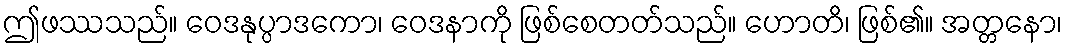
ဤဖဿသည်။ ဝေဒနုပ္ပာဒကော၊ ဝေဒနာကို ဖြစ်စေတတ်သည်။ ဟောတိ၊ ဖြစ်၏။ အတ္တနော၊